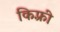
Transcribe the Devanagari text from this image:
किफ़्री